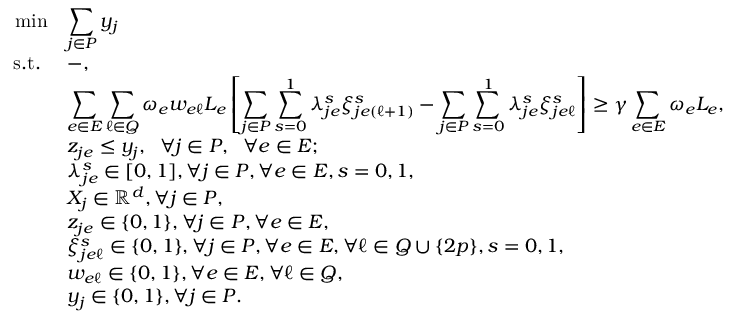
\begin{array} { r l } { \operatorname* { m i n } } & { \displaystyle \sum _ { j \in P } y _ { j } } \\ { \mathrm { s . t . ~ } } & { - , } \\ & { \displaystyle \sum _ { e \in E } \displaystyle \sum _ { \ell \in Q } \omega _ { e } w _ { e \ell } L _ { e } \left[ \displaystyle \sum _ { j \in P } \displaystyle \sum _ { s = 0 } ^ { 1 } \lambda _ { j e } ^ { s } \xi _ { j e ( \ell + 1 ) } ^ { s } - \displaystyle \sum _ { j \in P } \displaystyle \sum _ { s = 0 } ^ { 1 } \lambda _ { j e } ^ { s } \xi _ { j e \ell } ^ { s } \right] \geq \gamma \displaystyle \sum _ { e \in E } \omega _ { e } L _ { e } , } \\ & { z _ { j e } \leq y _ { j } , \; \; \forall j \in P , \; \; \forall e \in E ; } \\ & { \lambda _ { j e } ^ { s } \in [ 0 , 1 ] , \forall j \in P , \forall e \in E , s = 0 , 1 , } \\ & { X _ { j } \in \mathbb { R } ^ { d } , \forall j \in P , } \\ & { z _ { j e } \in \{ 0 , 1 \} , \forall j \in P , \forall e \in E , } \\ & { \xi _ { j e \ell } ^ { s } \in \{ 0 , 1 \} , \forall j \in P , \forall e \in E , \forall \ell \in Q \cup \{ 2 p \} , s = 0 , 1 , } \\ & { w _ { e \ell } \in \{ 0 , 1 \} , \forall e \in E , \forall \ell \in Q , } \\ & { y _ { j } \in \{ 0 , 1 \} , \forall j \in P . } \end{array}